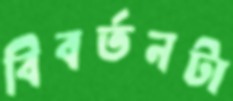
বিবর্তনটা